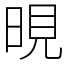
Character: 晛